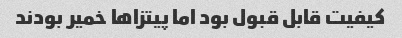
کیفیت قابل قبول بود اما پیتزا‌ها خمیر بودند